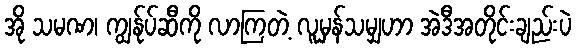
အို သမဏ၊ ကျွန်ုပ်ဆီကို လာကြတဲ့ လူမှန်သမျှဟာ အဲဒီအတိုင်းချည်းပဲ